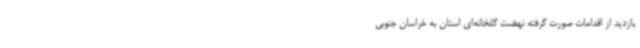
بازدید از اقدامات صورت گرفته نهضت گلخانه‌ای استان به خراسان جنوبی